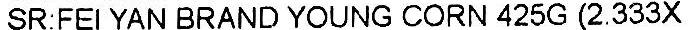
SR:FEI YAN BRAND YOUNG CORN 425G (2.333X